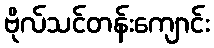
ဗိုလ်သင်တန်းကျောင်း